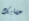
عقابك